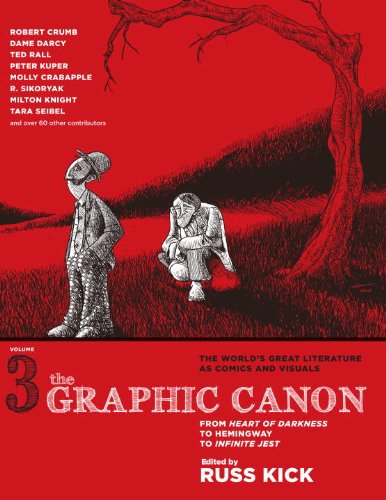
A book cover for The Graphic Canon, Vol. 3: From Heart of Darkness to Hemingway to Infinite Jest (The Graphic Canon Series); Russ Kick; Comics & Graphic Novels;